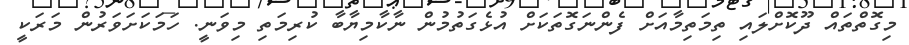
މިގޮތްތައް ދޫކޮށްލައި ތިމަތިމާއަށް ފެންނަގޮތަކަށް އުޅެގަތުމުން ނާކާމިޔާބާ ކުރިމަތި މިވަނީ. ހަމަކަށަވަރުން މަރަކީ